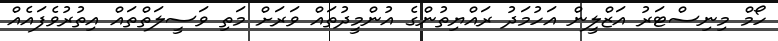
ހޯމް މިނިސްޓަރު އަޒްލީން އަހުމަދު ރައްޔިތުންގެ އުންމީދުތައް ވަރަށް މަތި ވަސީލަތްތައް އިތުރުވެފައެއް